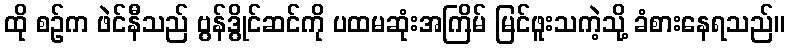
ထို စဉ်က ဖဲင်နီသည် ဗွန်ဒွိုင်ဆင်ကို ပထမဆုံးအကြိမ် မြင်ဖူးသကဲ့သို့ ခံစားနေရသည်။